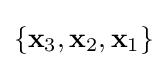
\left\{\mathbf {x} _{3},\mathbf {x} _{2},\mathbf {x} _{1}\right\}